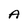
Character: A